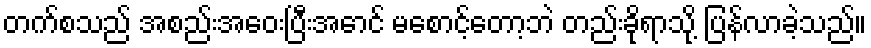
တက်စသည် အစည်းအဝေးပြီးအောင် မစောင့်တော့ဘဲ တည်းခိုရာသို့ ပြန်လာခဲ့သည်။